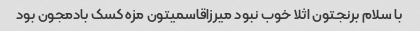
با سلام برنجتون اثلا خوب نبود میرزاقاسمیتون مزه کسک بادمجون بود